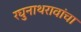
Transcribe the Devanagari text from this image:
रघुनाथरावांचा